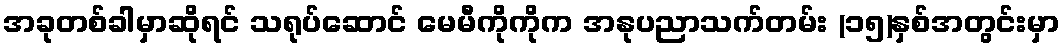
အခုတစ်ခါမှာဆိုရင် သရုပ်ဆောင် မေမီကိုကိုက အနုပညာသက်တမ်း (၁၅)နှစ်အတွင်းမှာ